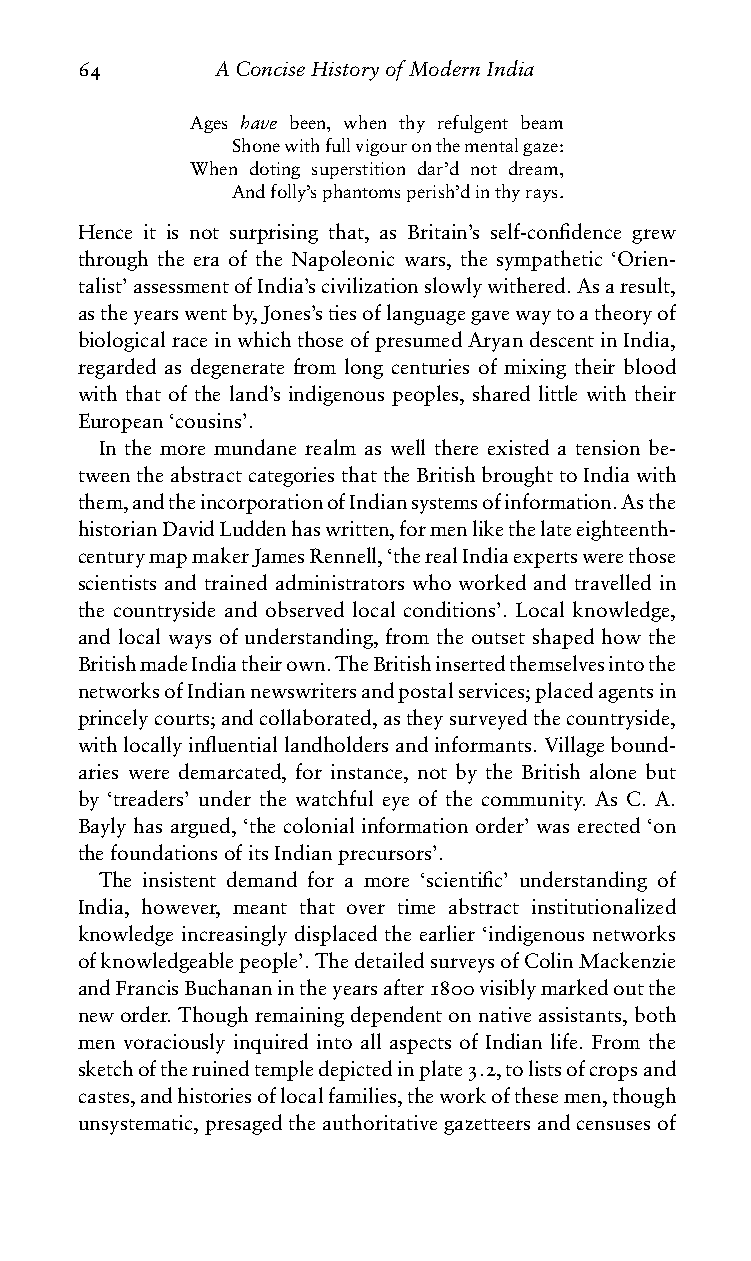
64       AConciseHistoryofModernIndia
 Ages have been, when thy refulgent beam
 Shonewithfullvigouronthementalgaze:
 When doting superstition dar’d not dream,
 Andfolly’sphantomsperish’dinthyrays.
 Hence it is not surprising that, as Britain’s self-confidence grew
 through the era of the Napoleonic wars, the sympathetic ‘Orien-
 talist’assessmentofIndia’scivilizationslowlywithered.Asaresult,
 astheyearswentby,Jones’stiesoflanguagegavewaytoatheoryof
 biologicalraceinwhichthoseofpresumedAryandescentinIndia,
 regarded as degenerate from long centuries of mixing their blood
 with that of the land’s indigenous peoples, shared little with their
 European‘cousins’.
 In the more mundane realm as well there existed a tension be-
 tweentheabstractcategoriesthattheBritishbroughttoIndiawith
 them,andtheincorporationofIndiansystemsofinformation.Asthe
 historianDavidLuddenhaswritten,formenlikethelateeighteenth-
 centurymapmakerJamesRennell,‘therealIndiaexpertswerethose
 scientists and trained administrators who worked and travelled in
 the countryside and observed local conditions’. Local knowledge,
 and local ways of understanding, from the outset shaped how the
 BritishmadeIndiatheirown.TheBritishinsertedthemselvesintothe
 networksofIndiannewswritersandpostalservices;placedagentsin
 princelycourts;andcollaborated,astheysurveyedthecountryside,
 withlocallyinfluentiallandholdersandinformants.Villagebound-
 aries were demarcated, for instance, not by the British alone but
 by ‘treaders’ under the watchful eye of the community. As C. A.
 Bayly has argued, ‘the colonial information order’ was erected ‘on
 thefoundationsofitsIndianprecursors’.
 The insistent demand for a more ‘scientific’ understanding of
 India, however, meant that over time abstract institutionalized
 knowledge increasingly displaced the earlier ‘indigenous networks
 ofknowledgeablepeople’.ThedetailedsurveysofColinMackenzie
 andFrancisBuchananintheyearsafter1800visiblymarkedoutthe
 neworder.Thoughremainingdependentonnativeassistants,both
 men voraciously inquired into all aspects of Indian life. From the
 sketchoftheruinedtempledepictedinplate3.2,tolistsofcropsand
 castes,andhistoriesoflocalfamilies,theworkofthesemen,though
 unsystematic,presagedtheauthoritativegazetteersandcensusesof